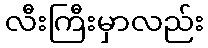
လီးကြီးမှာလည်း